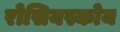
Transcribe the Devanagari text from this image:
रोसियस्कोय